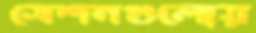
সেশনগুলোয়